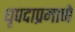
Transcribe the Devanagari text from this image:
धृपदाप्रमाणे